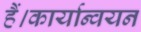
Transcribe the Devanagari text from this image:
हैं।कार्यान्वयन